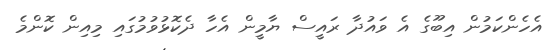
އެހެންކަމުން އިބޫގެ އެ ވައުދާ ރައީސް ޔާމީން އެހާ ދެކޮޅުވުމުގައި މިއިން ކޮންމެ